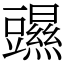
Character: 䝃